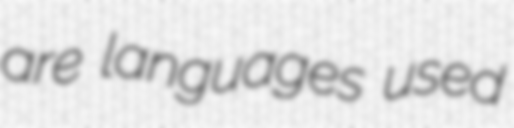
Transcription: are languages used